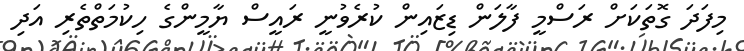
މިފަދަ ގޮތަކަށް ރަސްމީ ފާލަން ޑިޒައިން ކުރެވުނީ ރައީސް ޔާމީންގެ ހިކުމަތްތެރި އަދި